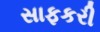
સાફકરી